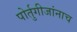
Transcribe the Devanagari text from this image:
पोर्तुगीजांनाच